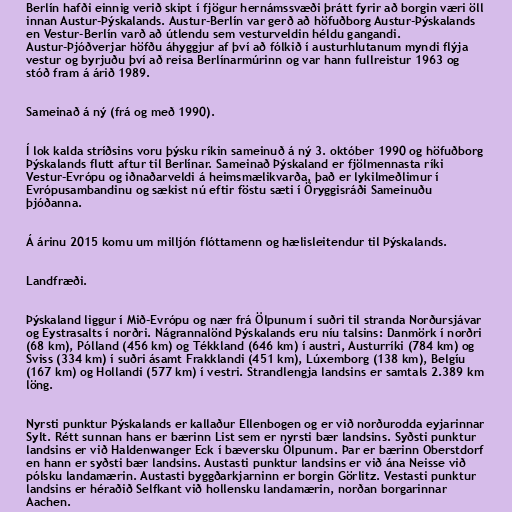
Berlín hafði einnig verið skipt í fjögur hernámssvæði þrátt fyrir að borgin væri öll
innan Austur-Þýskalands. Austur-Berlín var gerð að höfuðborg Austur-Þýskalands
en Vestur-Berlín varð að útlendu sem vesturveldin héldu gangandi.
Austur-Þjóðverjar höfðu áhyggjur af því að fólkið í austurhlutanum myndi flýja
vestur og byrjuðu því að reisa Berlínarmúrinn og var hann fullreistur 1963 og
stóð fram á árið 1989.

Sameinað á ný (frá og með 1990).

Í lok kalda stríðsins voru þýsku ríkin sameinuð á ný 3. október 1990 og höfuðborg
Þýskalands flutt aftur til Berlínar. Sameinað Þýskaland er fjölmennasta ríki
Vestur-Evrópu og iðnaðarveldi á heimsmælikvarða, það er lykilmeðlimur í
Evrópusambandinu og sækist nú eftir föstu sæti í Öryggisráði Sameinuðu
þjóðanna.

Á árinu 2015 komu um milljón flóttamenn og hælisleitendur til Þýskalands.

Landfræði.

Þýskaland liggur í Mið-Evrópu og nær frá Ölpunum í suðri til stranda Norðursjávar
og Eystrasalts í norðri. Nágrannalönd Þýskalands eru níu talsins: Danmörk í norðri
(68 km), Pólland (456 km) og Tékkland (646 km) í austri, Austurríki (784 km) og
Sviss (334 km) í suðri ásamt Frakklandi (451 km), Lúxemborg (138 km), Belgíu
(167 km) og Hollandi (577 km) í vestri. Strandlengja landsins er samtals 2.389 km
löng.

Nyrsti punktur Þýskalands er kallaður Ellenbogen og er við norðurodda eyjarinnar
Sylt. Rétt sunnan hans er bærinn List sem er nyrsti bær landsins. Syðsti punktur
landsins er við Haldenwanger Eck í bæversku Ölpunum. Þar er bærinn Oberstdorf
en hann er syðsti bær landsins. Austasti punktur landsins er við ána Neisse við
pólsku landamærin. Austasti byggðarkjarninn er borgin Görlitz. Vestasti punktur
landsins er héraðið Selfkant við hollensku landamærin, norðan borgarinnar
Aachen.